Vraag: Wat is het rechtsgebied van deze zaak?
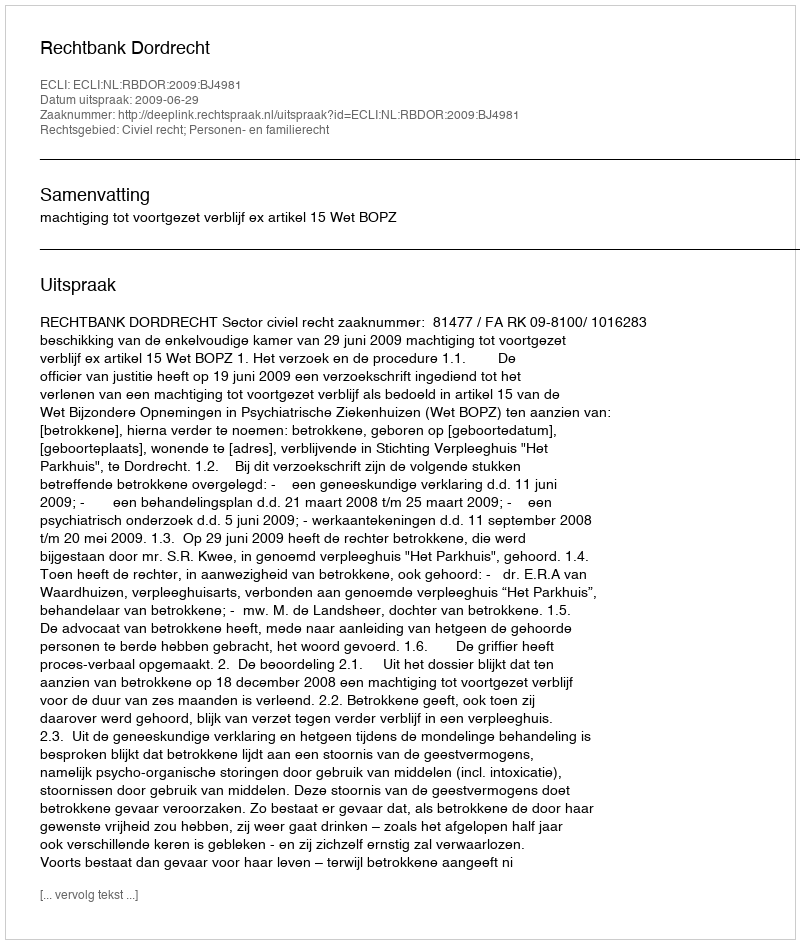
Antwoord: Civiel recht; Personen- en familierecht